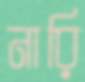
নারি